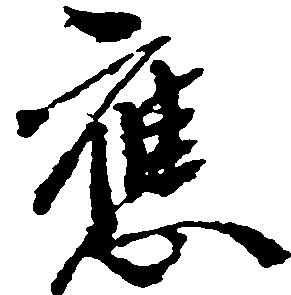
応